Annual report of the Civil Veterinary Department, Bengal, for the year 1896-97 - 1896-1897
Year: 1896
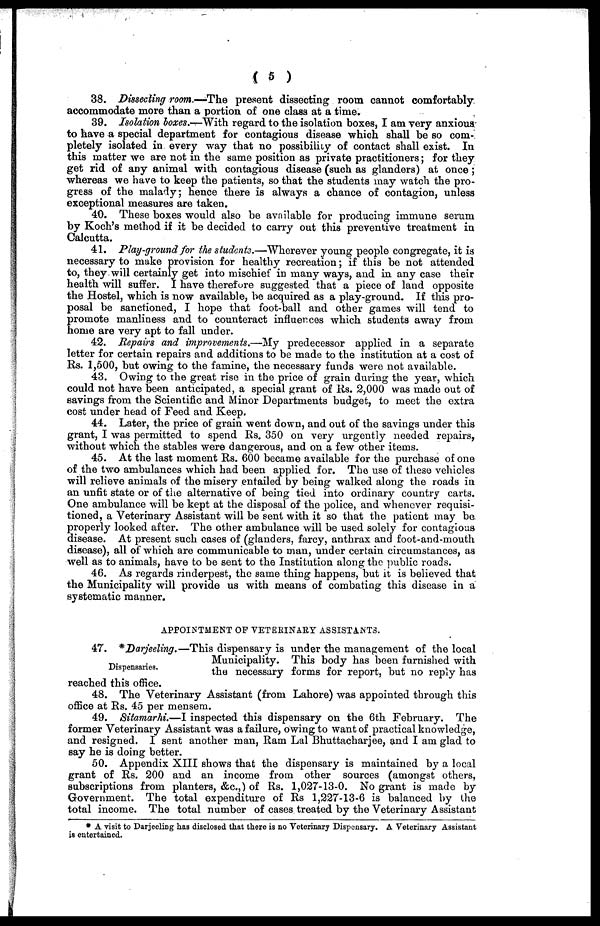
(5)
38. Dissecting room.—The present dissecting room cannot comfortably
accommodate more than a portion of one class at a time.
39. Isolation boxes.- With regard to the isolation boxes, I am very anxious
to have a special department for contagious disease which shall be so com-
pletely isolated in every way that no possibility of contact shall exist. In
this matter we are not in the same position as private practitioners; for they
get rid of any animal with contagious disease (such as glanders) at once;
whereas we have to keep the patients, so that the students may watch the pro-
gress of the malady; hence there is always a chance of contagion, unless
exceptional measures are taken.
40. These boxes would also be available for producing immune serum
by Koch's method if it be decided to carry out this preventive treatment in
Calcutta.
41. Play-ground for the students.—Wherever young people congregate, it is
necessary to make provision for healthy recreation; if this bo not attended
to, they will certainly get into mischief in many ways, and in any case their
health will suffer. I have therefore suggested that a piece of land opposite
the Hostel, which is now available, be acquired as a play-ground. If this pro-
posal be sanctioned, I hope that foot-ball and other games will tend to
promote manliness and to counteract influences which students away from
home are very apt to fall under.
42. Repairs and improvements.—My predecessor applied in a separate
letter for certain repairs and additions to be made to the institution at a cost of
Rs. 1,500, but owing to the famine, the necessary funds were not available.
43. Owing to the great rise in the price of grain during the year, which
could not have been anticipated, a special grant of Rs. 2,000 was made out of
savings from the Scientific and Minor Departments budget, to meet the extra
cost under head of Feed and Keep.
44. Later, the price of grain went down, and out of the savings under this
grant, I was permitted to spend Rs. 350 on very urgently needed repairs,
without which the stables were dangerous, and on a few other items.
45. At the last moment Rs. 600 became available for the purchase of one
of the two ambulances which had been applied for. The use of these vehicles
will relieve animals of the misery entailed by being walked along the roads in
an unfit state or of the alternative of being tied into ordinary country carts.
One ambulance will be kept at the disposal of the police, and whenever requisi-
tioned, a Veterinary Assistant will be sent with it so that the patient may be
properly looked after. The other ambulance will be used solely for contagious
disease. At present such cases of (glanders, farcy, anthrax and foot-and-mouth
disease), all of which are communicable to man, under certain circumstances, as
well as to animals, have to be sent to the Institution along the public roads.
46. As regards rinderpest, the same thing happens, but it is believed that
the Municipality will provide us with means of combating this disease in a
systematic manner.
APPOINTMENT OF VETERINARY ASSISTANTS.
Dispensaries.
47. *Darjeeling.—This dispensary is under the management of the local
Municipality. This body has been furnished with
the necessary forms for report, but no reply has
reached this office.
48. The Veterinary Assistant (from Lahore) was appointed through this
office at Rs. 45 per mensem.
49. Sitamarhi.—I inspected this dispensary on the 6th February. The
former Veterinary Assistant was a failure, owing to want of practical knowledge,
and resigned. I sent another man, Ram Lal Bhuttacharjee, and I am glad to
say he is doing better.
50. Appendix XIII shows that the dispensary is maintained by a local
grant of Rs. 200 and an income from other sources (amongst others,
subscriptions from planters, &c.,) of Rs. 1,027-13-0. No grant is made by
Government. The total expenditure of Rs 1,227-13-6 is balanced by the
total income. The total number of cases treated by the Veterinary Assistant
* A visit to Darjeeling has disclosed that there is no Veterinary Dispensary. A Veterinary Assistant
is entertained.